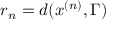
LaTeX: r _ { n } = d ( x ^ { ( n ) } , \Gamma )